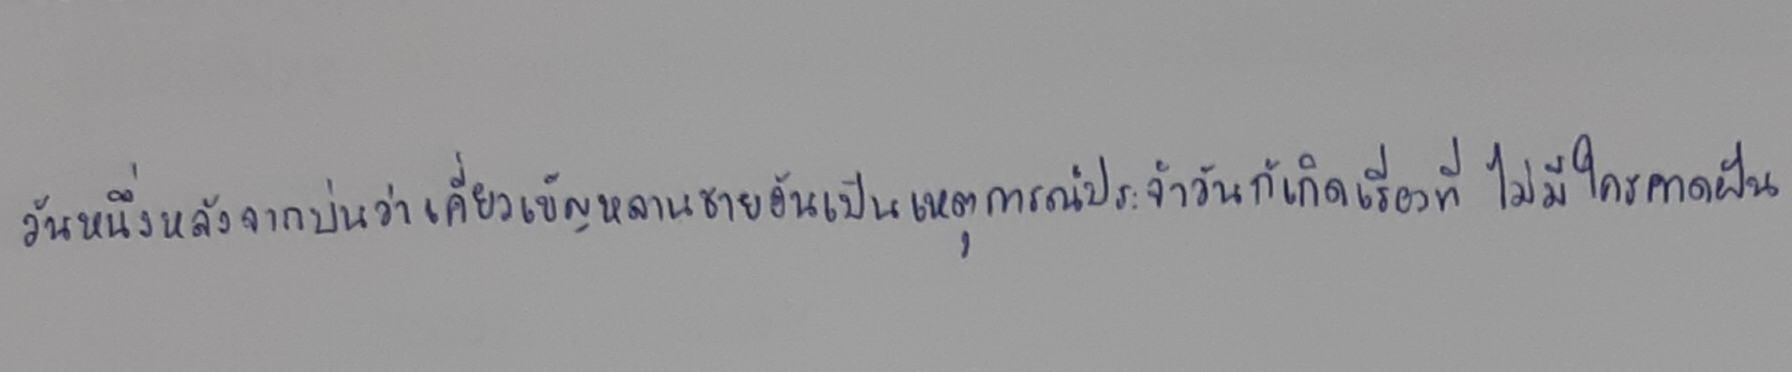
วันหนึ่งหลังจากบ่นว่าเคี่ยวเข็ญหลานชายอันเป็นเหตุการณ์ประจำวันก็เกิดเรื่องที่ไม่มีใครคาดฝัน